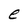
Character: e